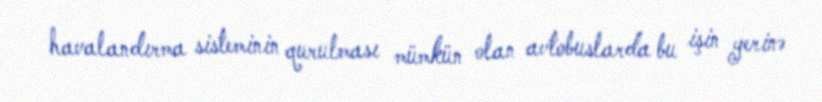
havalandırma sisteminin qurulması mümkün olan avtobuslarda bu işin yerinə